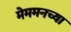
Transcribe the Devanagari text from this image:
मेममनच्या